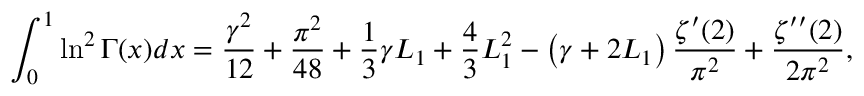
\int _ { 0 } ^ { 1 } \ln ^ { 2 } \Gamma ( x ) d x = { \frac { \gamma ^ { 2 } } { 1 2 } } + { \frac { \pi ^ { 2 } } { 4 8 } } + { \frac { 1 } { 3 } } \gamma L _ { 1 } + { \frac { 4 } { 3 } } L _ { 1 } ^ { 2 } - \left( \gamma + 2 L _ { 1 } \right) { \frac { \zeta ^ { \prime } ( 2 ) } { \pi ^ { 2 } } } + { \frac { \zeta ^ { \prime \prime } ( 2 ) } { 2 \pi ^ { 2 } } } ,